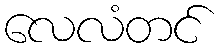
လေလံတင်